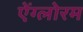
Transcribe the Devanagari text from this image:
ऐंग्लोरम